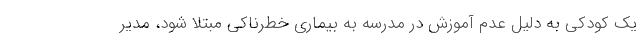
یک کودکی به دلیل عدم آموزش در مدرسه به بیماری خطرناکی مبتلا شود، مدیر